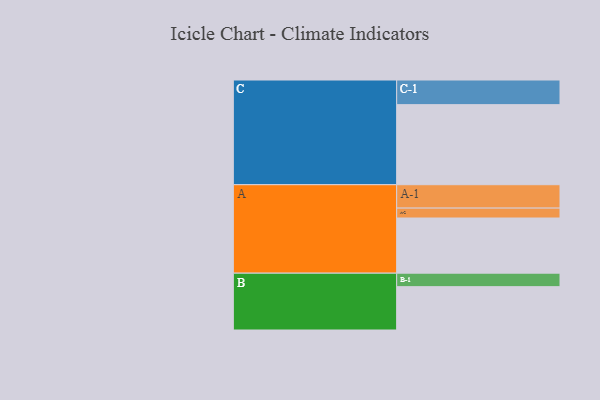
{"axis": {"x": "Segment", "y": "Value"}, "legend": ["", "A", "B", "C"], "data": [{"x": "A", "y": 401, "type": ""}, {"x": "B", "y": 315, "type": ""}, {"x": "C", "y": 582, "type": ""}, {"x": "A-1", "y": 170, "type": "A"}, {"x": "A-2", "y": 72, "type": "A"}, {"x": "B-1", "y": 98, "type": "B"}, {"x": "C-1", "y": 179, "type": "C"}]}